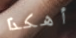
أهكذا